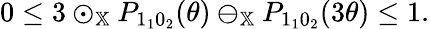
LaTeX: \begin{array}{r}{0\leq 3\odot_{\mathbb{X}}P_{1_{1}0_{2}}(\theta)\ominus_{\mathbb{X}}P_{1_{1}0_{2}}(3\theta)\leq 1.}\end{array}